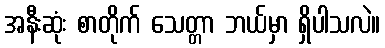
အနီးဆုံး စာတိုက် သေတ္တာ ဘယ်မှာ ရှိပါသလဲ။